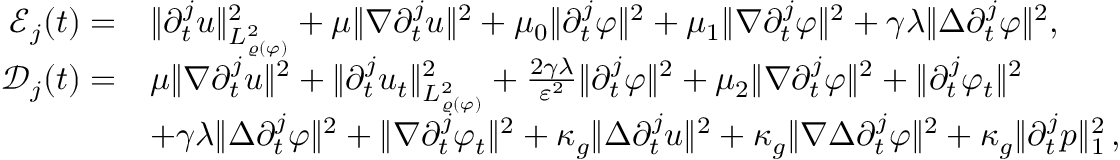
\begin{array} { r l } { \mathcal { E } _ { j } ( t ) = } & { \| \partial _ { t } ^ { j } u \| _ { L _ { \varrho ( \varphi ) } ^ { 2 } } ^ { 2 } + \mu \| \nabla \partial _ { t } ^ { j } u \| ^ { 2 } + \mu _ { 0 } \| \partial _ { t } ^ { j } \varphi \| ^ { 2 } + \mu _ { 1 } \| \nabla \partial _ { t } ^ { j } \varphi \| ^ { 2 } + \gamma \lambda \| \Delta \partial _ { t } ^ { j } \varphi \| ^ { 2 } , } \\ { \mathcal { D } _ { j } ( t ) = } & { \mu \| \nabla \partial _ { t } ^ { j } u \| ^ { 2 } + \| \partial _ { t } ^ { j } u _ { t } \| _ { L _ { \varrho ( \varphi ) } ^ { 2 } } ^ { 2 } + \frac { 2 \gamma \lambda } { \varepsilon ^ { 2 } } \| \partial _ { t } ^ { j } \varphi \| ^ { 2 } + \mu _ { 2 } \| \nabla \partial _ { t } ^ { j } \varphi \| ^ { 2 } + \| \partial _ { t } ^ { j } \varphi _ { t } \| ^ { 2 } } \\ & { + \gamma \lambda \| \Delta \partial _ { t } ^ { j } \varphi \| ^ { 2 } + \| \nabla \partial _ { t } ^ { j } \varphi _ { t } \| ^ { 2 } + \kappa _ { g } \| \Delta \partial _ { t } ^ { j } u \| ^ { 2 } + \kappa _ { g } \| \nabla \Delta \partial _ { t } ^ { j } \varphi \| ^ { 2 } + \kappa _ { g } \| \partial _ { t } ^ { j } p \| _ { 1 } ^ { 2 } \, , } \end{array}